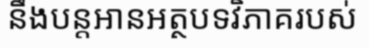
នឹងបន្តអានអត្ថបទវិភាគរបស់